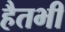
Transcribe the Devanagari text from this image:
हैतभी